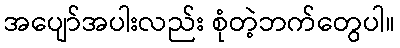
အပျော်အပါးလည်း စုံတဲ့ဘက်တွေပါ။